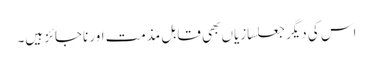
اس کی دیگر جعلسازیاں بھی قابلِ مذمت اور ناجائز ہیں۔